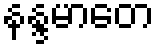
နန္ဒမာတေ